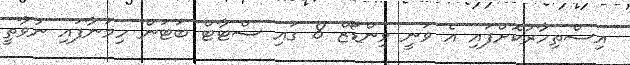
އިސްތިހާރުކޮށްފައި އެ ވަނީ ވިންޑޯޒް 8 ގައި ސްޓާޓް ބަޓަން ހިމަނާފައި ނުވާތީ